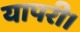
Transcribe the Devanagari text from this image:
यापरी।